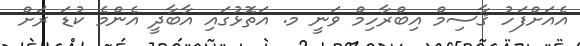
އެއަށްފަހު ޤާސިމް އިބްރާހިމް ވަނީ މ. އަތޮޅުގައި އާބާދީ އެންމެ ކުޑަ ރަށް